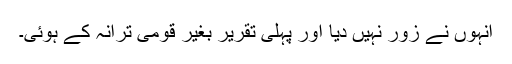
انہوں نے زور نہیں دیا اور پہلی تقریر بغیر قومی ترانہ کے ہوئی۔